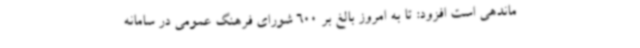
ماندهی است افزود: تا به امروز بالغ بر 600 شورای فرهنگ‌ عمومی در سامانه